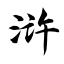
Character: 浒